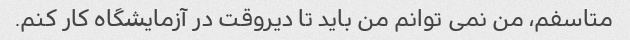
متاسفم، من نمی توانم من باید تا دیروقت در آزمایشگاه کار کنم.